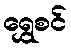
ရွှေစင်